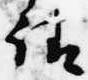
請